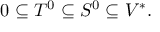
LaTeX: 0 \subseteq T ^ { 0 } \subseteq S ^ { 0 } \subseteq V ^ { * } .